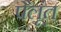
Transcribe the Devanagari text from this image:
पैलूंत